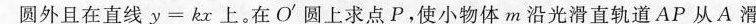
圆外且在直线$$y = k x$$上。在O^{\prime}圆上求点P，使小物体m沿光滑直轨道AP从A滑